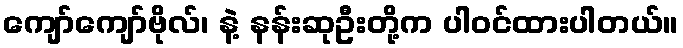
ကျော်ကျော်ဗိုလ်၊ နဲ့ နန်းဆုဦးတို့က ပါဝင်ထားပါတယ်။